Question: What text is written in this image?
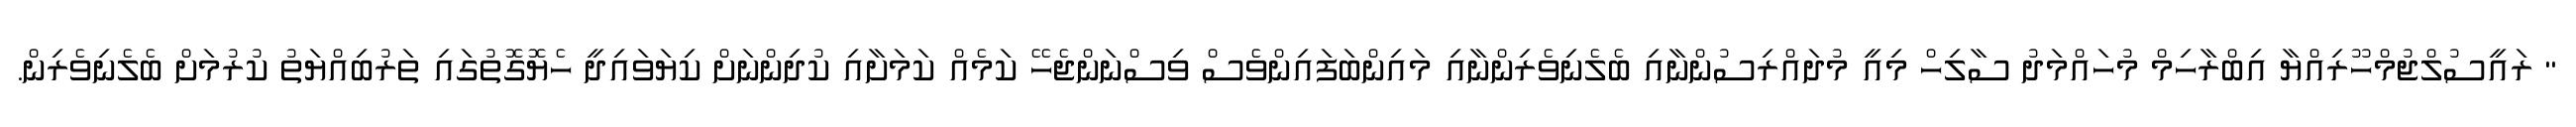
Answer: " ރައީސުލްޖުމްހޫރިއްޔާ އިބްރާހިމް މުހައްމަދު ސާލިހް މިއީ މުދައްރިސުންނާއި ބެލެނިވެރިންނާއި މައިންބަފައިންވެސް ވިސްނަންޖެހޭ ކަމެއް ކަމަށާއި ކުދިންނަށް ކިޔަވައިދީ ހެޔޮގޮތުގައި ތަރުބިއްޔަތު ކުރުމަށް ބެލެނިވެރިން.